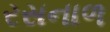
રસનાળ